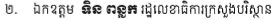
២. ឯកឧត្តម ទិន ពន្លក រដ្ឋលេខាធិការក្រសួងបរិស្ថាន